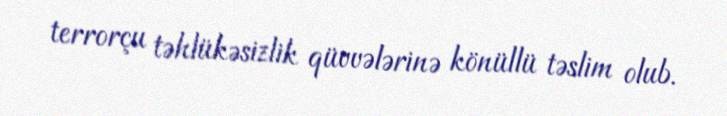
terrorçu təhlükəsizlik qüvvələrinə könüllü təslim olub.